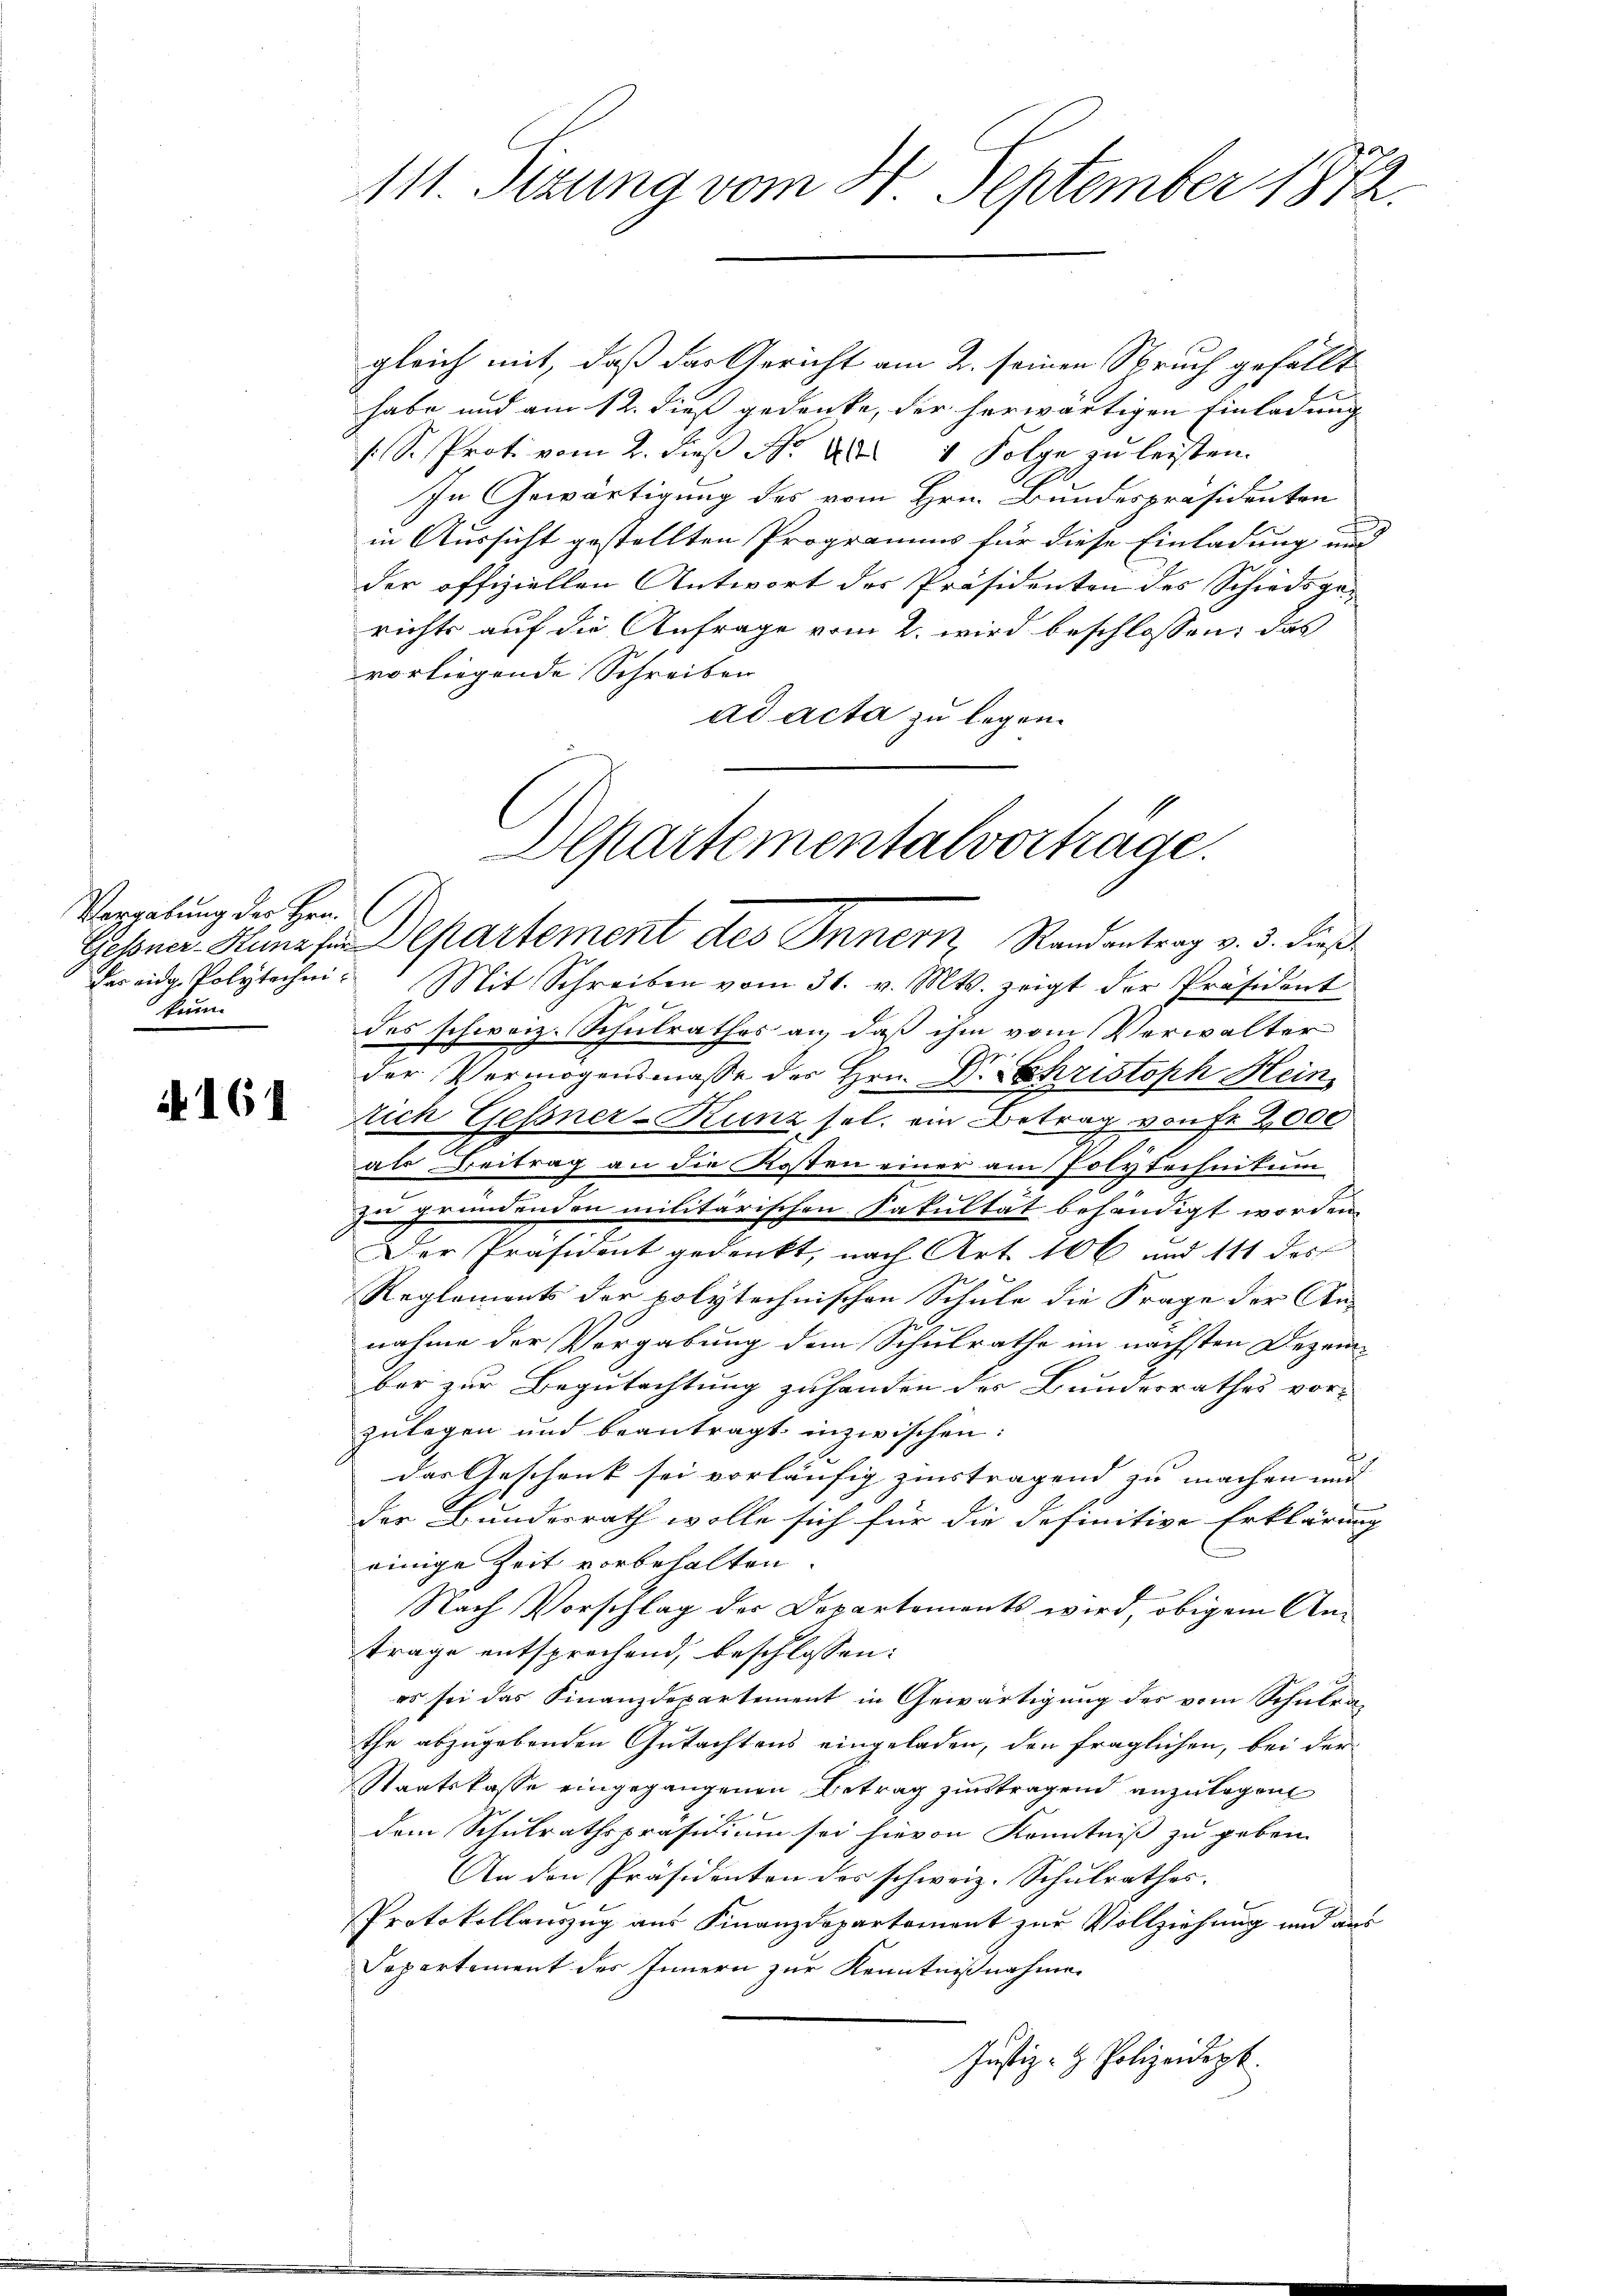
Vorgabung des Hrn.
kunn

N 161

111. Sezung vom 24. September 1872.

gleich mit, daß das Gericht am 2. seinen Spruch gefällt
habe und am 12. dieß gedenke, der herwärtigen Einladung
s. S. Proti vom 2. dieß N. ad 4 Folge zu leisten.
In Gewärtigung des vom Hrn. Bundespräsidenten
in Aussicht gestellten Programms für diese Einladung und
der offiziellen Antwort des Präsidenten des Schiedsgerichts auf die Anfrage vom 2. wird beschlossen: das
vorliegende Schreiben
ad acta zu legen.
das eidg. Polytechen. Mit Schreiben vom 31. v. Mts. zeigt der Präsident
des schweiz. Schulrathes an, daß ihm vom Verwalter
der Vermögensmasse des Hrn. Dr. Christoph Hein
lich Gessner-Kunz sel. ein Betrag von Fr. 2,000
als Beitrag an die Kosten einer am Polytechnikum
zu gründenden militärischen Fakultät behändigt worden.
Der Präsident gedenkt, nach Art. 106 und 111 des
Reglements der polytechnischen Schule die Frage der An-
nahme der Vergabung dem Schulrathe im nächsten Dezember zur Begutachtung zu handen des Bundesrathes vor-
zulegen und beantragt, inzwischen:
das Geschenk sei vorläufig zinstragend zu machen und
der Bundesrath wolle sich für die definitive Erklärung |
einige Zeit vorbehalten.
Nach Vorschlag der Departements wird, obigem Antrage entsprechend, beschlossen:
es sei das Finanzdepartement in Gewärtigung des vom Schulrathe abzugebenden Gutachtens eingeladen, den fraglichen, bei der
Staatskasse eingegangenen Betrag zutragend anzulegen
dem Schulrathspräsidium sei hievon Kenntniß zu geben.
An den Präsidenten des schweiz. Schulrathes.
Protokollauszug aus Finanzdepartement zur Vollziehung und aus
Departement des Innern zur Kenntnißnahmen
Justiz- & Polizeidept.

Departementalvorträge.
Gehoner-Hunef. Departement des Innern, Randantrag v. 3. dieß